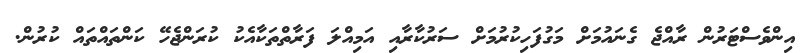
އިންވެސްޓަރުން ރާއްޖެ ގެނައުމަށް މަގުފަހިކުރުމަށް ސަރުކާރާއި އަމިއްލަ ފަރާތްތަކާއެކު ކުރަންޖެހޭ ކަންތައްތައް ކުރުން.